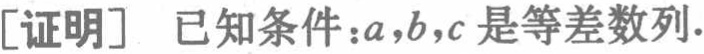
[证明] 已知条件：\(a,b,c\) 是等差数列.